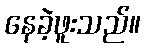
နေခဲ့ဖူးသည်။